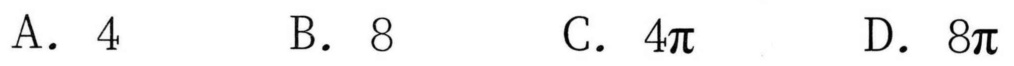
A. \(4\)
B. \(8\)
C. \(4\pi\)
D. \(8\pi\)